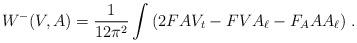
LaTeX: \begin{align*}W^-(V,A)=\frac{1}{12\pi^2}\int \left( 2FAV_t-FVA_\ell-F_AAA_\ell \right) \,.\end{align*}